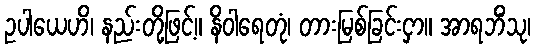
ဥပါယေဟိ၊ နည်းတို့ဖြင့်။ နိဝါရေတုံ၊ တားမြစ်ခြင်းငှာ။ အာရဘိံသု၊